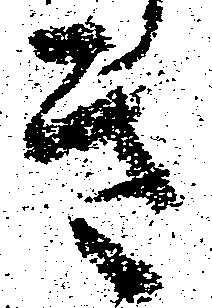
き